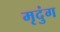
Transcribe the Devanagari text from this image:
मृदुंग